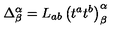
\Delta _ { \beta } ^ { \alpha } = L _ { a b } \left( t ^ { a } t ^ { b } \right) _ { \beta } ^ { \alpha }